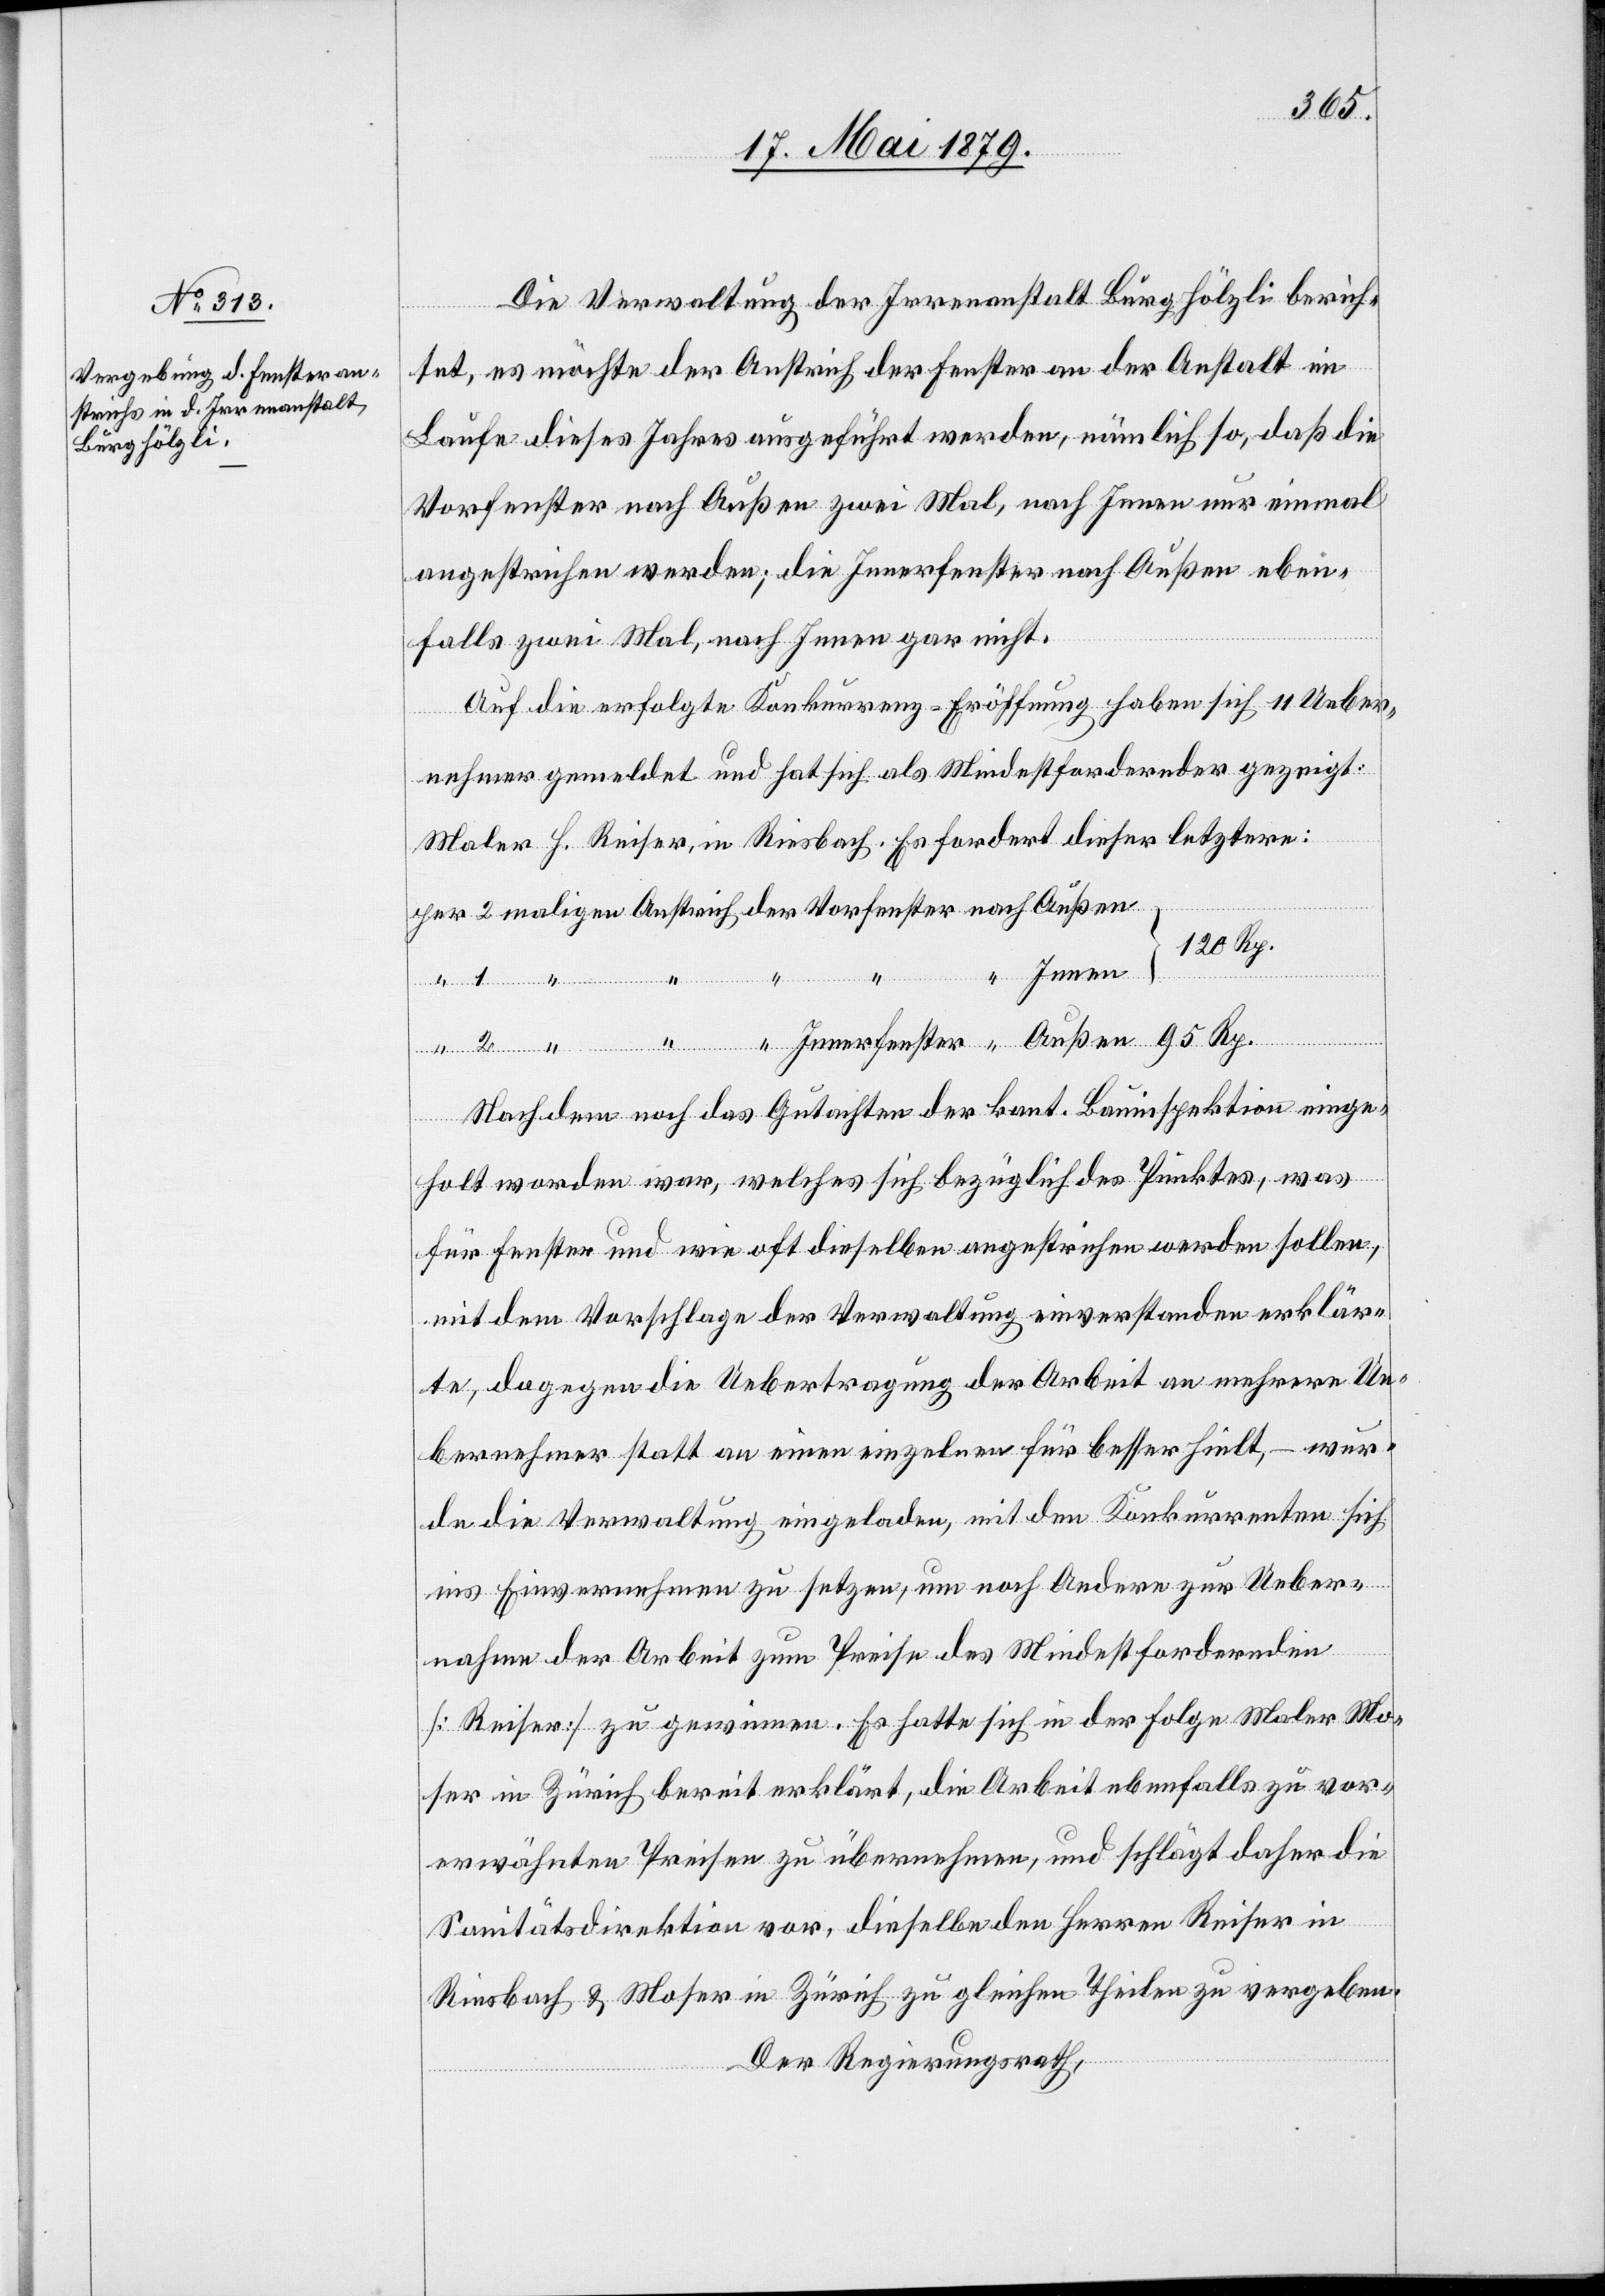
Die Verwaltung der Irrenanstalt Burghölzli berich¬
tet, es möchte der Anstrich der Fenster an der Anstalt im
Laufe dieses Jahres ausgeführt werden, nämlich so, daß die
Vorfenster nach Außen zwei Mal, nach Innen nur einmal
angestrichen werden; die Innerfenster nach Außen eben¬
falls zwei Mal, nach Innen gar nicht.
Auf die erfolgte Konkurrenz-Eröffnung haben sich 11 Ueber¬
nach
nehmer gemeldet und hat sich als Mindestfordernder gezeigt:
Maler H. Reiser, in Riesbach. Es fordert dieser letztere:
120 Rp.
“
Rp.
Nachdem noch das Gutachten der kant. Bauinspektion einge¬
holt worden war, welches sich bezüglich des Punktes, was
für Fenster und wie oft dieselben angestrichen werden sollen,
mit dem Vorschlage der Verwaltung einverstanden erklär¬
te, dagegen die Uebertragung der Arbeit an mehrere Ue¬
bernehmer statt an einen einzelnen für besser hielt, – wur¬
de die Verwaltung eingeladen, mit den Konkurrenten sich
ins Einvernehmen zu setzen, um noch Andere zur Ueber¬
nahme der Arbeit zum Preise des Mindestfordernden
[Reiser] zu gewinnen. Es hatte sich in der Folge Maler Mo¬
ser in Zürich bereit erklärt, die Arbeit ebenfalls zu vor¬
erwähnten Preisen zu übernehmen, und schlägt daher die
Sanitätsdirektion vor, dieselbe den Herren Reiser in
Riesbach & Moser in Zürich zu gleichen Theilen zu vergeben.
Der Regierungsrath,